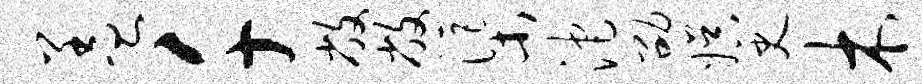
盖千敝敝渠沱劭娱史木